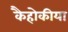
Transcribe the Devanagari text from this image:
कैहोकीया